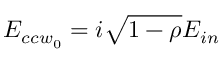
E _ { { c c w } _ { 0 } } = i \sqrt { 1 - \rho } E _ { i n }